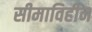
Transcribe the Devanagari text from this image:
सीमाविहीन